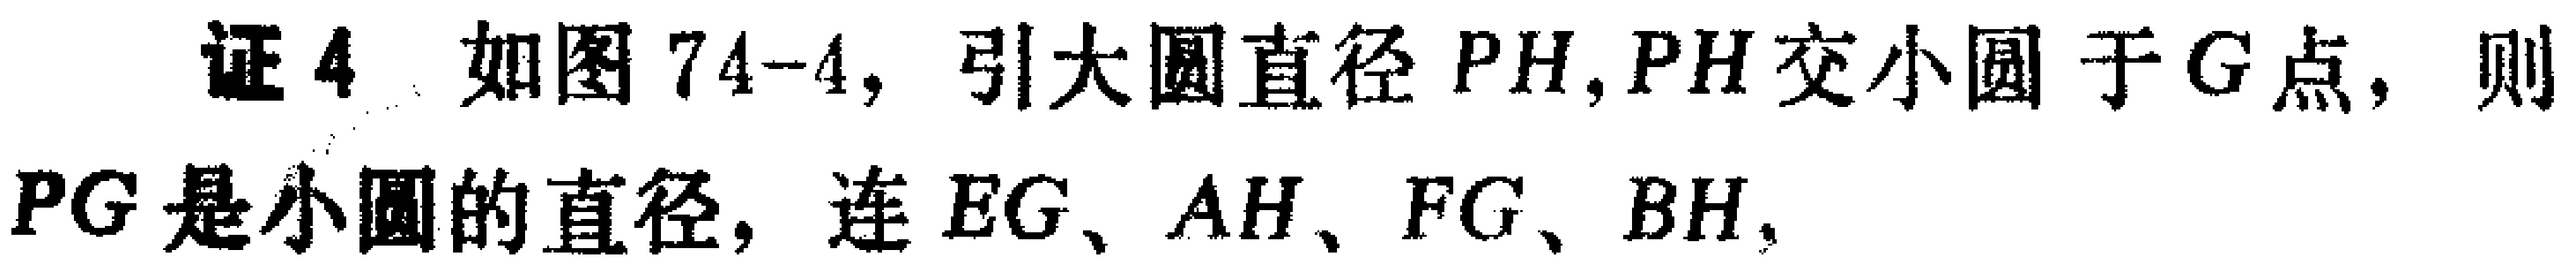
证4. 如图74-4，引大圆直径 \(PH\)，\(PH\) 交小圆于 \(G\) 点，则 \(PG\) 是小圆的直径，连 \(EG\)、\(AH\)、\(FG\)、\(BH\)，